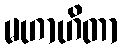
မဟာဟိတာ